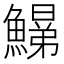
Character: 𩻋